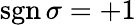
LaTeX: \operatorname{sgn}\sigma=+1